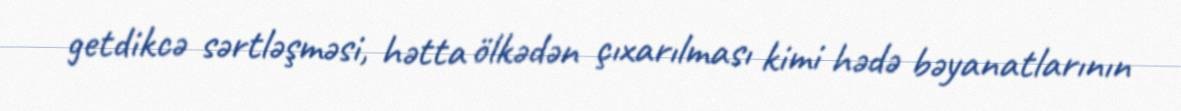
getdikcə sərtləşməsi, hətta ölkədən çıxarılması kimi hədə bəyanatlarının